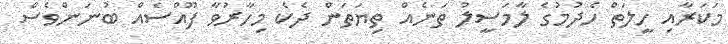
މަކަރާއި ހީލަތް ހެދުމުގެ ލާމަސީލު ތަނެއް ތިޔަތަން ދެކެ މިހާރުވާ ފޫއްސެއް ބުނަންވެސް